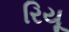
રિયૂ